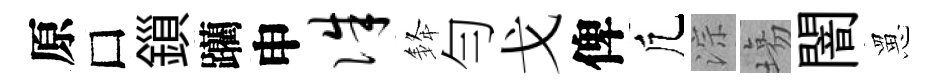
原□鎻躪申侏𨦟勻戈俾凢淙塲闇罳